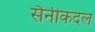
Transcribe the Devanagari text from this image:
सैनीकदल